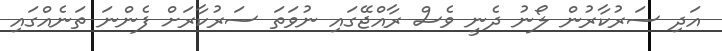
އަދި ސަރުކާރުން ލޯނު ދެނީ ވެސް ރާއްޖޭގައި ނުވަތަ ސަރުކާރަށް ފެންނަ ތަނެއްގައި